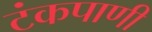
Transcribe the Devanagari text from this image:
टंकपाणी